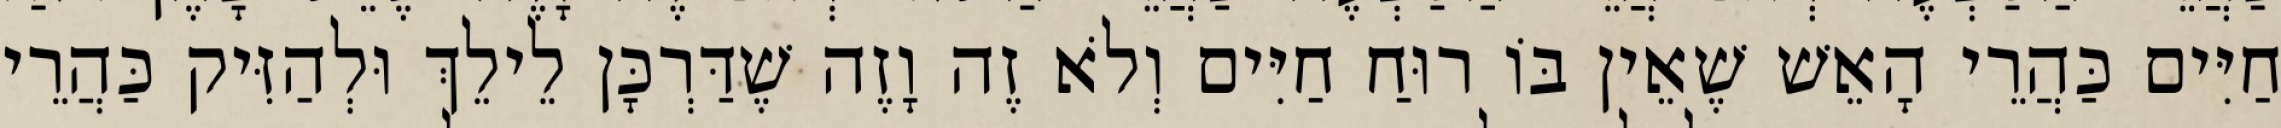
חַיִּים כַּהֲרֵי הָאֵשׁ שֶׁאֵין בּוֹ רוּחַ חַיִּים וְלֹא זֶה וָזֶה שֶׁדַּרְכָּן לֵילֵךְ וּלְהַזִּיק כַּהֲרֵי